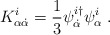
\begin{align*}K^i_{\alpha \dot \alpha} = \frac{1}{3}\psi_{\dot{\alpha}}^{i\dagger}\psi_{\alpha}^i\;.\end{align*}